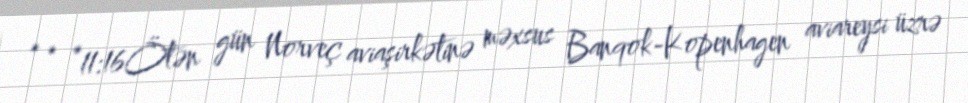
* * *11:16Ötən gün Norveç aviaşirkətinə məxsus Banqok-Kopenhagen aviareysi üzrə